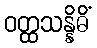
ဝတ္ထသန္နိဓိံ